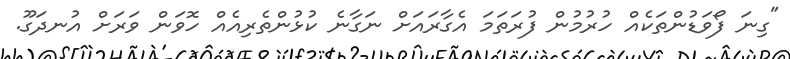
"ގިނަ ފޯވަޑުންތަކެއް ހުރުމުން ފުރަތަމަ އެގާރައަށް ނަގާނެ ކުޅުންތެރިއެއް ހޮވަން ވަރަށް އުނދަގޫ.